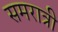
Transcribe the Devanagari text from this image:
समरात्री